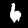
Digit: 6